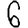
Digit: 6